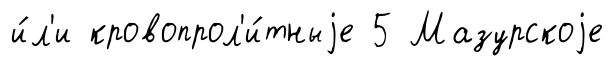
и́л'и кровопрол'и́тныjе 5 Мазурскоjе